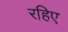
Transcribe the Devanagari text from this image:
रहिए